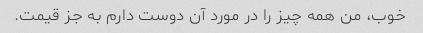
خوب، من همه چیز را در مورد آن دوست دارم به جز قیمت.